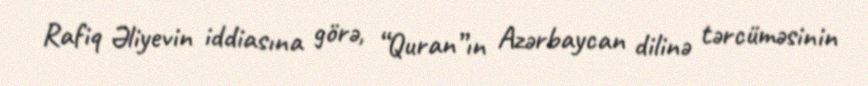
Rafiq Əliyevin iddiasına görə, “Quran”ın Azərbaycan dilinə tərcüməsinin